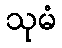
သုမံ